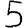
Digit: 5